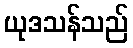
ယုဒသန်သည်